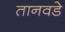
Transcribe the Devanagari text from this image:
तानवडे